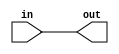
module initalize(out, in);
	output[4:0] out;
	input[4:0] in;
	
	genvar i;
	generate
		for(i=0; i<5; i = i+1) begin : initiali
			and ai(out[i], in[i], 1'b1);
		end
	endgenerate 
	
endmodule